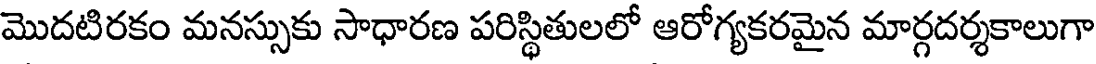
మొదటిరకం మనస్సుకు సాధారణ పరిస్థితులలో ఆరోగ్యకరమైన మార్గదర్శకాలుగా